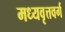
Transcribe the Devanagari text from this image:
मध्यवृत्तवर्ग